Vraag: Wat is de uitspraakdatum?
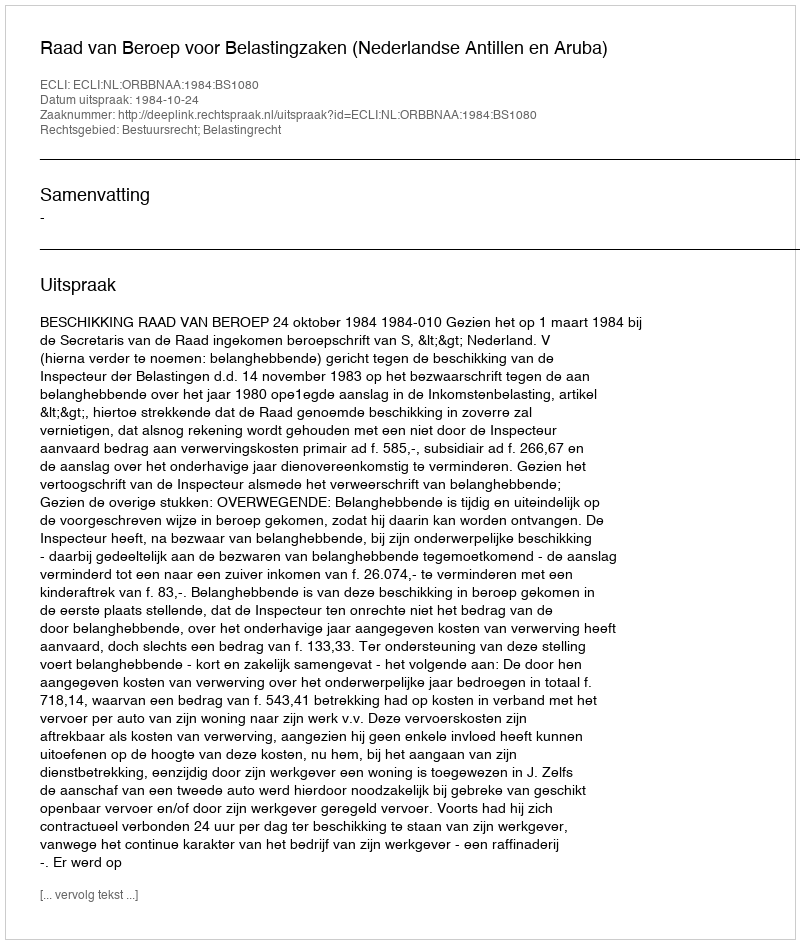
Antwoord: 1984-10-24